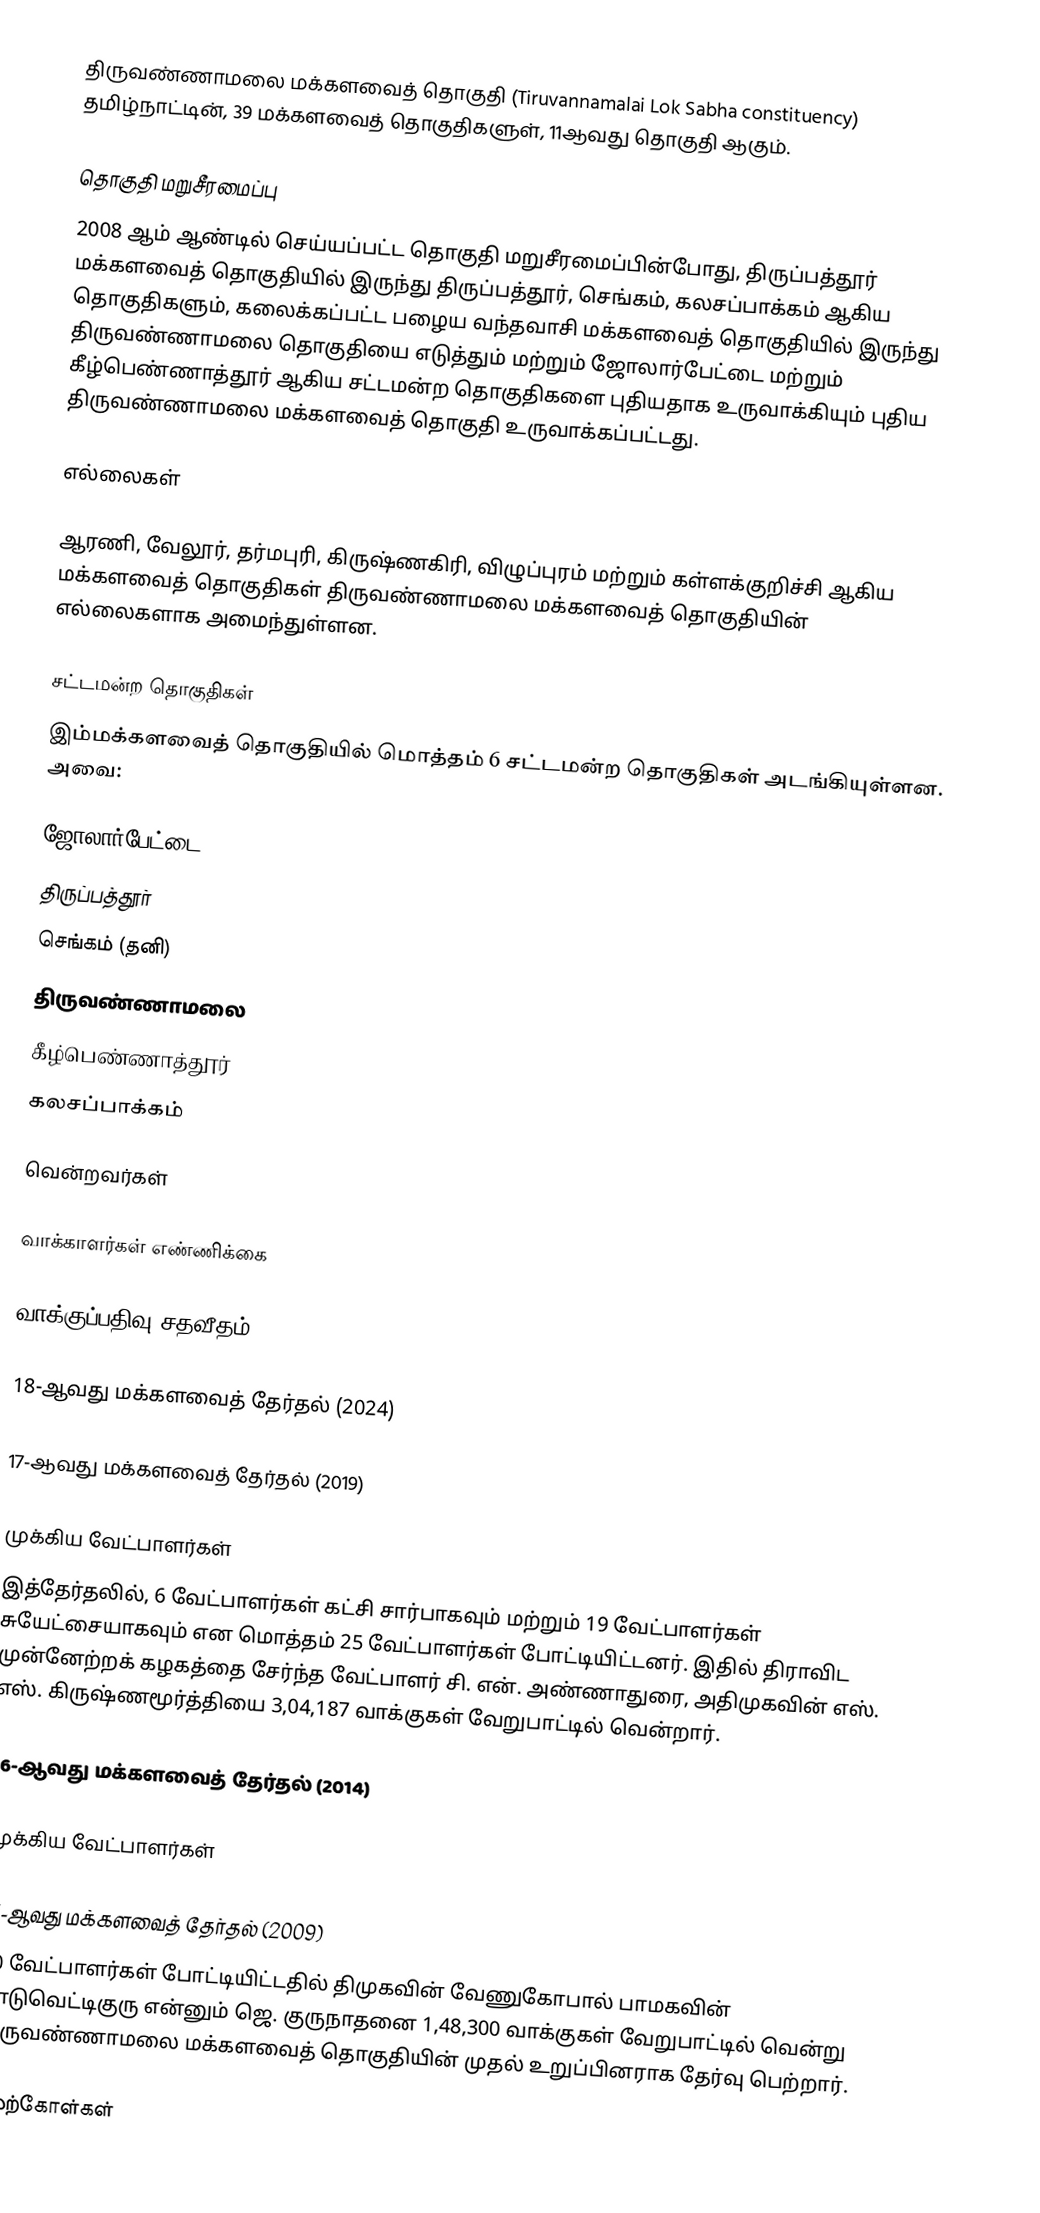
திருவண்ணாமலை மக்களவைத் தொகுதி (Tiruvannamalai Lok Sabha constituency) தமிழ்நாட்டின், 39 மக்களவைத் தொகுதிகளுள், 11ஆவது தொகுதி ஆகும்.

தொகுதி மறுசீரமைப்பு
2008 ஆம் ஆண்டில் செய்யப்பட்ட தொகுதி மறுசீரமைப்பின்போது, திருப்பத்தூர் மக்களவைத் தொகுதியில் இருந்து திருப்பத்தூர், செங்கம், கலசப்பாக்கம் ஆகிய தொகுதிகளும், கலைக்கப்பட்ட பழைய வந்தவாசி மக்களவைத் தொகுதியில் இருந்து திருவண்ணாமலை தொகுதியை எடுத்தும் மற்றும் ஜோலார்பேட்டை மற்றும் கீழ்பெண்ணாத்தூர் ஆகிய சட்டமன்ற தொகுதிகளை புதியதாக உருவாக்கியும் புதிய திருவண்ணாமலை மக்களவைத் தொகுதி உருவாக்கப்பட்டது.

எல்லைகள்

ஆரணி, வேலூர், தர்மபுரி, கிருஷ்ணகிரி, விழுப்புரம் மற்றும் கள்ளக்குறிச்சி ஆகிய மக்களவைத் தொகுதிகள் திருவண்ணாமலை மக்களவைத் தொகுதியின் எல்லைகளாக அமைந்துள்ளன.

சட்டமன்ற தொகுதிகள்
இம்மக்களவைத் தொகுதியில் மொத்தம் 6 சட்டமன்ற தொகுதிகள் அடங்கியுள்ளன. அவை:

 ஜோலார்பேட்டை
 திருப்பத்தூர்
 செங்கம் (தனி)
 திருவண்ணாமலை
 கீழ்பெண்ணாத்தூர்
 கலசப்பாக்கம்

வென்றவர்கள்

வாக்காளர்கள் எண்ணிக்கை

வாக்குப்பதிவு சதவீதம்

18-ஆவது மக்களவைத் தேர்தல் (2024)

17-ஆவது மக்களவைத் தேர்தல் (2019)

முக்கிய வேட்பாளர்கள்
இத்தேர்தலில், 6 வேட்பாளர்கள் கட்சி சார்பாகவும் மற்றும் 19 வேட்பாளர்கள் சுயேட்சையாகவும் என மொத்தம் 25 வேட்பாளர்கள் போட்டியிட்டனர். இதில் திராவிட முன்னேற்றக் கழகத்தை சேர்ந்த வேட்பாளர் சி. என். அண்ணாதுரை, அதிமுகவின் எஸ். எஸ். கிருஷ்ணமூர்த்தியை 3,04,187 வாக்குகள் வேறுபாட்டில் வென்றார்.

16-ஆவது மக்களவைத் தேர்தல் (2014)

முக்கிய வேட்பாளர்கள்

15-ஆவது மக்களவைத் தேர்தல் (2009)
30 வேட்பாளர்கள் போட்டியிட்டதில் திமுகவின் வேணுகோபால் பாமகவின் காடுவெட்டிகுரு என்னும் ஜெ. குருநாதனை 1,48,300 வாக்குகள் வேறுபாட்டில் வென்று திருவண்ணாமலை மக்களவைத் தொகுதியின் முதல் உறுப்பினராக தேர்வு பெற்றார்.

மேற்கோள்கள்